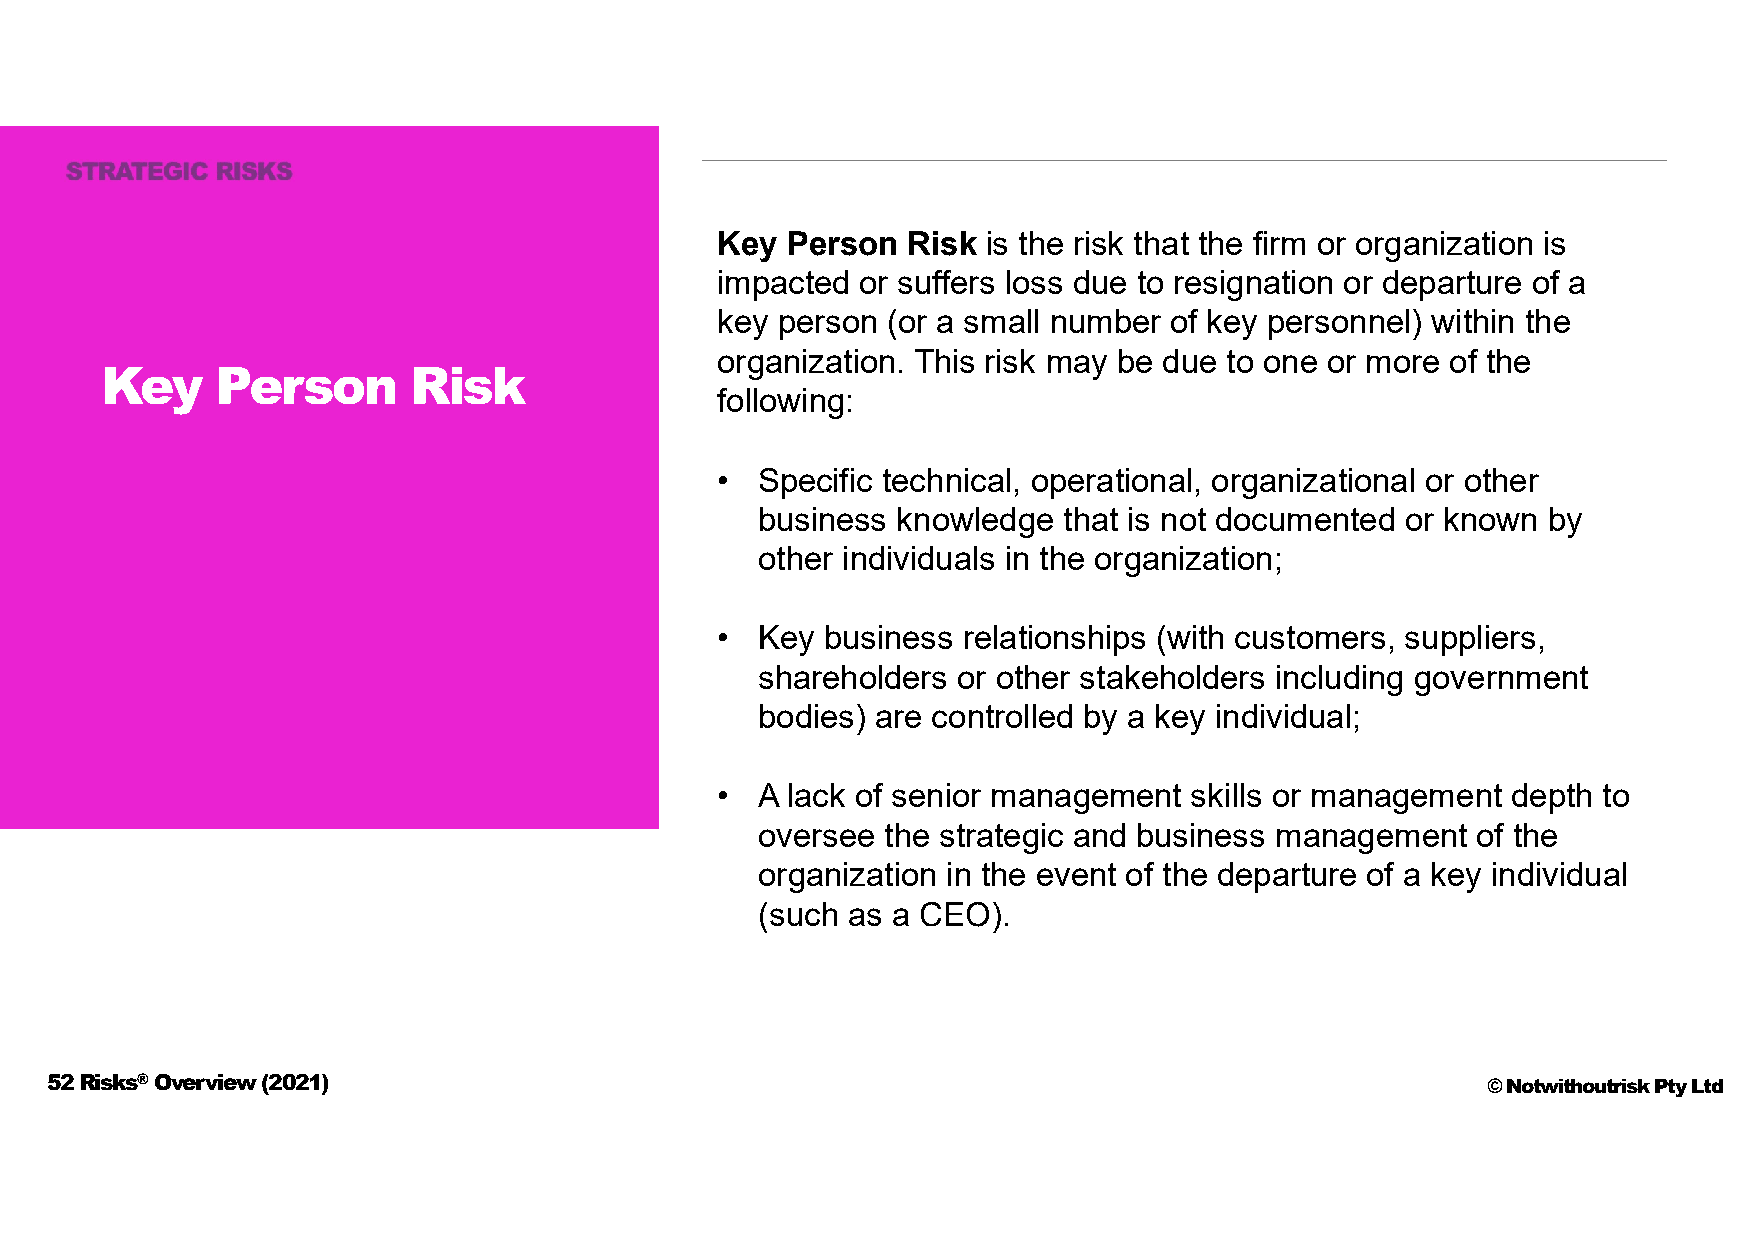
Key  Person  Risk is the risk that the firm or organization is
 impacted  or suffers loss due to resignation or departure of a
 key person  (or a small number of key personnel) within the
 organization. This risk may be due to one or more of the
 Key    Person       Risk
 following:
 •  Specific technical, operational, organizational or other
 business knowledge  that is not documented or known by
 other individuals in the organization;
 •  Key  business relationships (with customers, suppliers,
 shareholders or other stakeholders including government
 bodies) are controlled by a key individual;
 •  A lack of senior management  skills or management depth to
 oversee  the strategic and business management  of the
 organization in the event of the departure of a key individual
 (such as a CEO).
 52 Risks®Overview (2021)                                                                       © Notwithoutrisk Pty Ltd